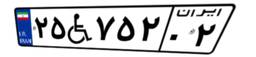
۲۵W۷۵۲۰۲